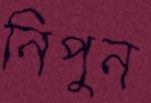
নিপুন